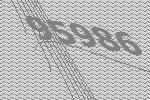
95986